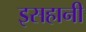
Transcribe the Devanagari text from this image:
इसहानी